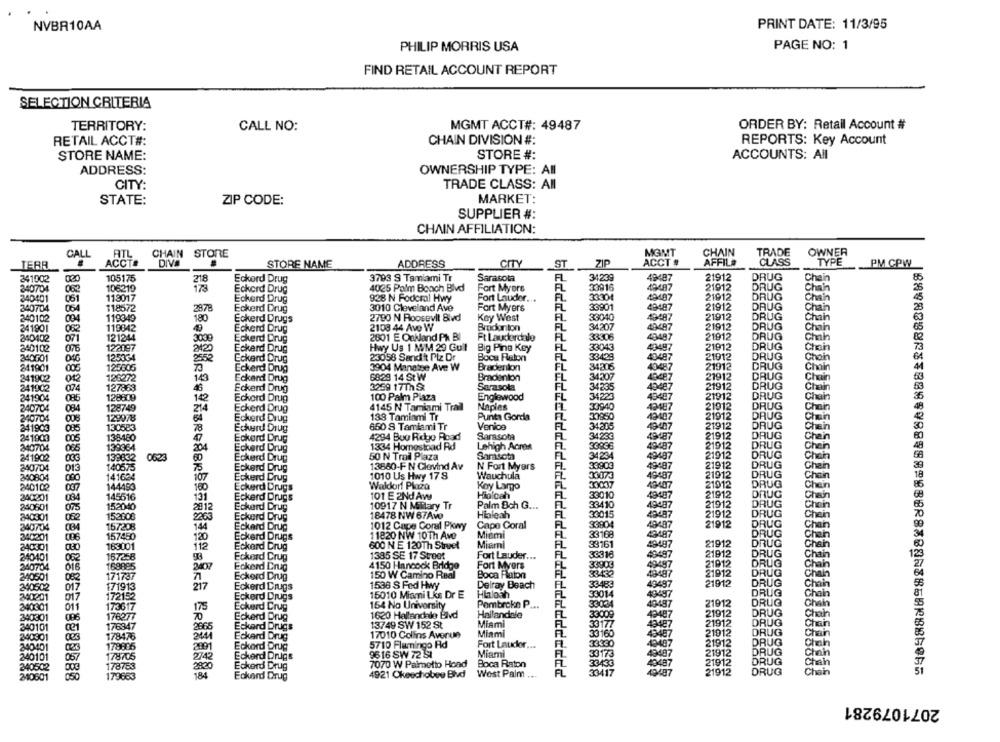
NVBR10AA
PRINT DATE: 11/3/95
PAGE NO: 1
PHILIP MORRIS USA
FIND RETAIL ACCOUNT REPORT
SELECTION CRITERIA
TERRITORY:
MGMT ACCT#: 49487
ORDER BY: Retail Account #
CALL NO:
RETAIL ACCT#:
CHAIN DIVISION #:
REPORTS: Key Account
STORE NAME:
STORE #:
ACCOUNTS: All
ADDRESS:
OWNERSHIP TYPE: All
TRADE CLASS: All
CITY
STATE:
MARKET:
ZIP CODE:
SUPPLIER #:
CHAIN AFFILIATION:
ATL
CHAIN
STORE
MGMT
CHAIN
TRADE
OWNER
CALL
TERR
ACCT#
DIVA
STORE NAME
ADDRESS
CITY
ST
ZIF
ACCT #
AFFIL#
CLASS
TYPE
PM CPW
341002
105175
218
Eckerd Drug
3793 9 Tamiami Tr
Sarasota
34239
49487
21912
DRUG
Chain
340704
106219
173
Eckerd Drug
4025 Palm Beach Blvd
Fort Myors
33916
49487
21912
DRUG
Chain
113017
FL
33304
49487
21912
DRUG
Chain
340401
061
Eckard Drug
928 N Fodoral Hwy
Fort Lauder ...
340704
064
118572
2878
Eckerd Drug
3010 Cleveland Ave
Fort Myers
FL
33901
49497
21912
DRUG
Chan
340102
119349
180
Eckerd Drugs
2780 N Roosevit Bivd
Key West
FL
33040
49487
21912
DRUG
Chain
119842
2108 44 Ave W
Brodunton
EL
34207
49487
21912
DRUG
Chain
241901
082
Eckerd Drug
240402
071
121244
3000
Eckerd Drug
2001 E Oakland Ph Bl
Ft Lauderdale
33306
43487
21912
DRUG
Chain
240102
122097
Eckerd Drug
Hwy Us 1 MM 29 Gull
Big Pina Key
FL
33043
40497
21912
DRUG
Chain
125334
23058 Sand it Ptz Dr
Boca Raton
FL
33429
40487
21012
DRUG
Chain
240001
2552
Eckard Drug
241901
005
125605
Eckerd Drug
3904 Manetse Ave W
Bradenton
FL
34206
40487
21912
DRUG
Chain
241902
012
12:272
143
Eckerd Drug
68:29 14 St W
Bradenton
FL
34207
48487
21912
DRUG
Chain
127863
2259 17Th St
Sarasota
34235
43487
21912
DRUG
Chain
241902
074
46
Eckerd Drug
FL
241904
128609
10
Eckord Drug
100 Palm Plaza
Englewood
34223
49487
21912
DRUG
Chain
240704
084
128749
214
Eckerd Drug
4145 N Tamiami Trail
Naples
33940
43487
21912
DRUG
Chain
129078
138 Tamiami Tr
Punta Gorda
30850
43407
21912
DRUG
Chain
240704
Eckerd Drug
21912
241903
130583
78
Eckard Drug
650 8 Tamiami Tr
Venica
34205
49407
DRUG
Chan
241903
138480
Eckard Drug
4294 Buo Ridge Road
Sarasota
34230
21912
DRUG
Chein
139364
204
1334 Homestoad Rd
Lehigh Acmas
33936
40487
21912
DRUG
340704
065
Eckerd Drug
Chein
241902
139832
0623
60
Eckard Drup
50 N Trail Plaza
Sarasota
34234
40487
21912
DRUG
Chan
200704
013
140575
75
Eckerd Drug
13880-F N Clovind Av
N Fort Myers
33903
49487
21912
DRUG
Chain
141624
1010 Us Hwy 17S
Wauchula
49487
21912
DRUG
340804
107
Eckerd Drug
30037
Chein
240102
144453
160
Eckard Drugs
Waldorf Plaza
Key Largo
43407
21912
DRUG
Chein
240201
145516
131
Eckerd Drugs
101 E 2Nd Aw
Hipicah
33010
21912
DRUG
Chain
Palm Sch G ...
33410
49487
21912
DRUG
Chain
240601
152040
2012
Eckerd Drug
10917 N Military Tr
34015
21912
DRUG
240301
152608
2265
Eckerd Drug
18478 NW 67Avo
Hialeah
49497
Chein
340704
157208
Eckerd Drug
1012 Cape Cond Pkwy
Cape Coral
FL
33804
49497
21912
DRUG
Chain
157450
144
11820 NW 10Th Ave
Miami
FL
33168
48487
DRUG
ten
340201
120
Eckerd Drugs
240301
163001
112
Eckerd Drug
600 N E 120Th Street
Miami
FL
33161
19487
21912
DRUG
Chain
062
167268
98
Eckard Crug
1385 SE 17 Street
Fort Lauder ...
FL
33316
49487
21912
DRUG
Chain
240401
168885
Fort Myers
FL
49497
21912
DRUG
Chain
240704
2407
Eckerd Drug
4150 Hancock Bridge
49497
21912
DRUG
240501
082
171747
71
Eckerd Drug
150 W Camino Real
Boca Raton
Chain
240602
171913
217
Eckerd Drugs
1538 S Fed Hwy
Delray Beach
FL
33483
49487
21912
DRUG
Chain
017
Hialeah
33014
49497
DRUG
Chain
340201
01
172152
Eckerd Drugs
15010 Miami Lks Dr E
FL
40487
21912
DRUG
340301
011
173617
175
Eckerd Crug
154 No University
Pombroke P ...
33034
Chain
340301
Eckerd Drug
1620 Hallandale Bild
Hallandale
FL
33009
49487
21912
DRUG
Chal
13749 SW 152 St
Miami
FL
33177
43487
21912
DRUG
Chain
340101
2865
Eckard Drugs
21912
DRUG
340301
178476
Eckard Drug
17010 Collins Avenue
Miami
33160
49487
Chain
240401
178805
Eckard Drug
5710 Flamingo Rd
Fort Lauder ...
33330
20487
21912
DRUG
Chain
9616 SW 72 SI
Miami
FL
33173
49487
21912
DRUG
Chan
240101
05/
178705
Eckerd Drugs
21912
DRUG
Chain
340502
178753
2820
Eckerd Drug
7070 W Palmetto Hond
Boca Raton
33433
40487
210601
179663
184
Eckard Drug
4921 Okeechobee Bid
West Palm .
FL
33417
49487
21912
DRUG
Chain
2071079281